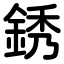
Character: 銹